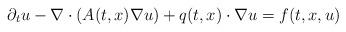
LaTeX: \begin{align*} \partial_{t} u - \nabla \cdot(A(t,x) \nabla u)+q(t,x)\cdot\nabla u=f(t,x,u)\end{align*}